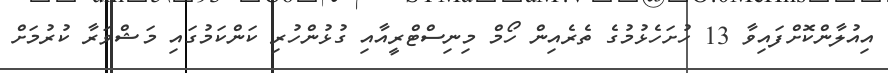
އިއުލާންކޮށްފައިވާ 13 ހުށަހެޅުމުގެ ތެރެއިން ހޯމް މިނިސްޓްރީއާއި ގުޅުންހުރި ކަންކަމުގައި މަޝްވަރާ ކުރުމަށް